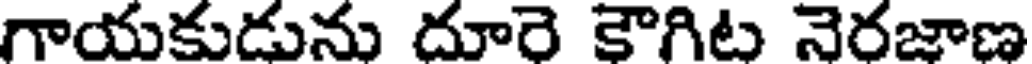
గాయకుడును దూరె కౌగిట నెరజాణ